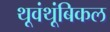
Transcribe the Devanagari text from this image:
थूवंथूंबिकल